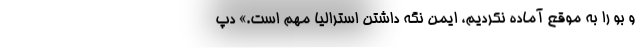
و بو را به موقع آماده نکردیم، ایمن نگه داشتن استرالیا مهم است.» دپ